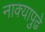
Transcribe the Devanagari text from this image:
नाक्‍यापुढे